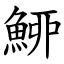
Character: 䱖